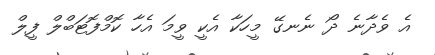
އެ ވެދާނެ ދޯ ނެނގޭ މީހަކާ އެކީ ވީމަ އެހާ ކޮމްފޮޓަބްލް ފީލް